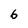
Character: 6